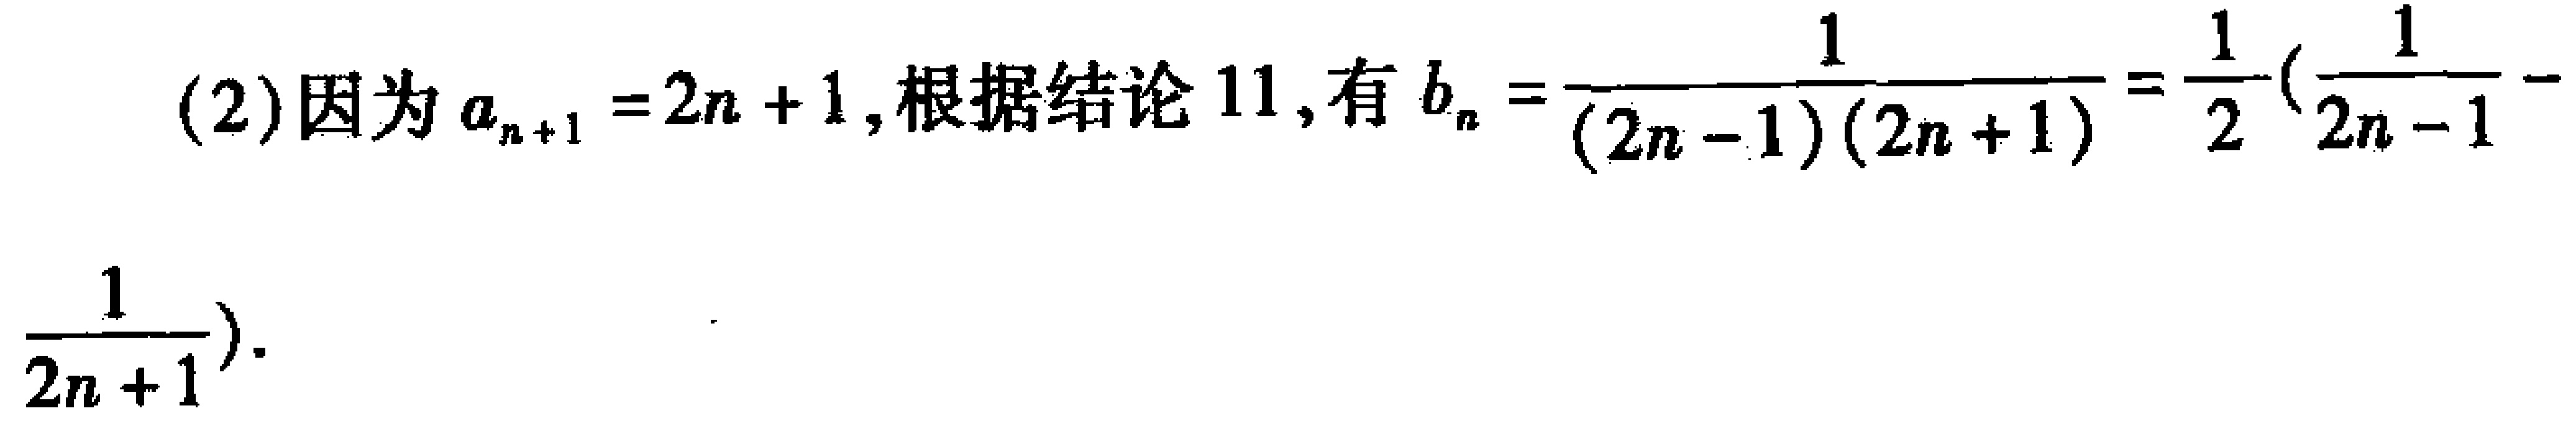
(2)因为\(a_{n + 1} = 2n + 1\)，根据结论 11，有\(b_{n}=\frac{1}{(2n - 1)(2n + 1)}=\frac{1}{2}(\frac{1}{2n - 1}-\frac{1}{2n + 1})\)。